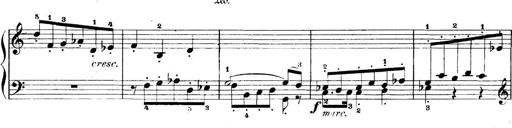
Title: 5 Sonatinas
Composer: Theodor Kirchner